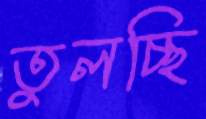
তুলচ্ছি